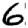
Digit: 6